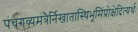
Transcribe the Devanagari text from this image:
पंचगव्यमंत्रैर्निखातास्थिभूमिंप्रोक्षेदित्यर्थः